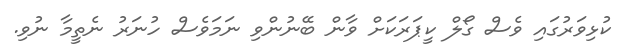
ކުުޅިވަރުގައި ވެސް ގޯލް ކީޕަރަކަށް ވާން ބޭނުންވި ނަމަވެސް ހުނަރު ނެތީމާ ނުވި.